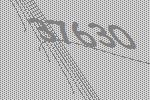
37630